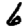
Digit: 6